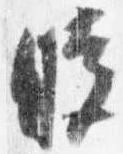
暁